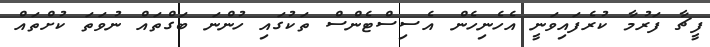
ފީޗާ ފަރުމާ ކުރެފައިވަނީ އެހެނިހެން އެސިސްޓެންސް ތަކުގައި ހުންނަ ބަގްތައް ނުވަތަ ކުށްތައް